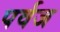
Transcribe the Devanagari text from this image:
पर्वज